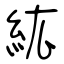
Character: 紘